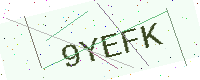
Text: 9YEFK